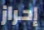
إحراز